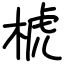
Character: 椃